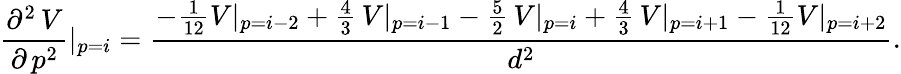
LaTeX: \frac{\partial^{2}\, V}{\partial\, p^{2}}\rvert_{p=i}=\frac{-\frac{1}{12}V\rvert_{p=i-2}+\frac{4}{3}\, V\rvert_{p=i-1}-\frac{5}{2}\, V\rvert_{p=i}+\frac{4}{3}\, V\rvert_{p=i+1}-\frac{1}{12}V\rvert_{p=i+2}}{d^{2}}.